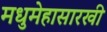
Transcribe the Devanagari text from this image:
मधुमेहासारखी